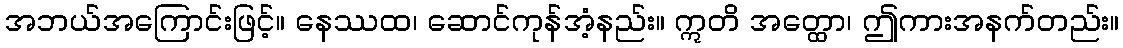
အဘယ်အကြောင်းဖြင့်။ နေဿထ၊ ဆောင်ကုန်အံ့နည်း။ ဣတိ အတ္ထော၊ ဤကားအနက်တည်း။